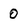
Character: 0